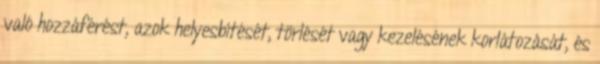
való hozzáférést, azok helyesbítését, törlését vagy kezelésének korlátozását, és